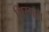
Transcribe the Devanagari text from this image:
मिरगात